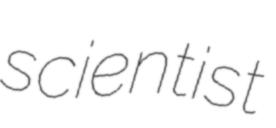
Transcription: scientist